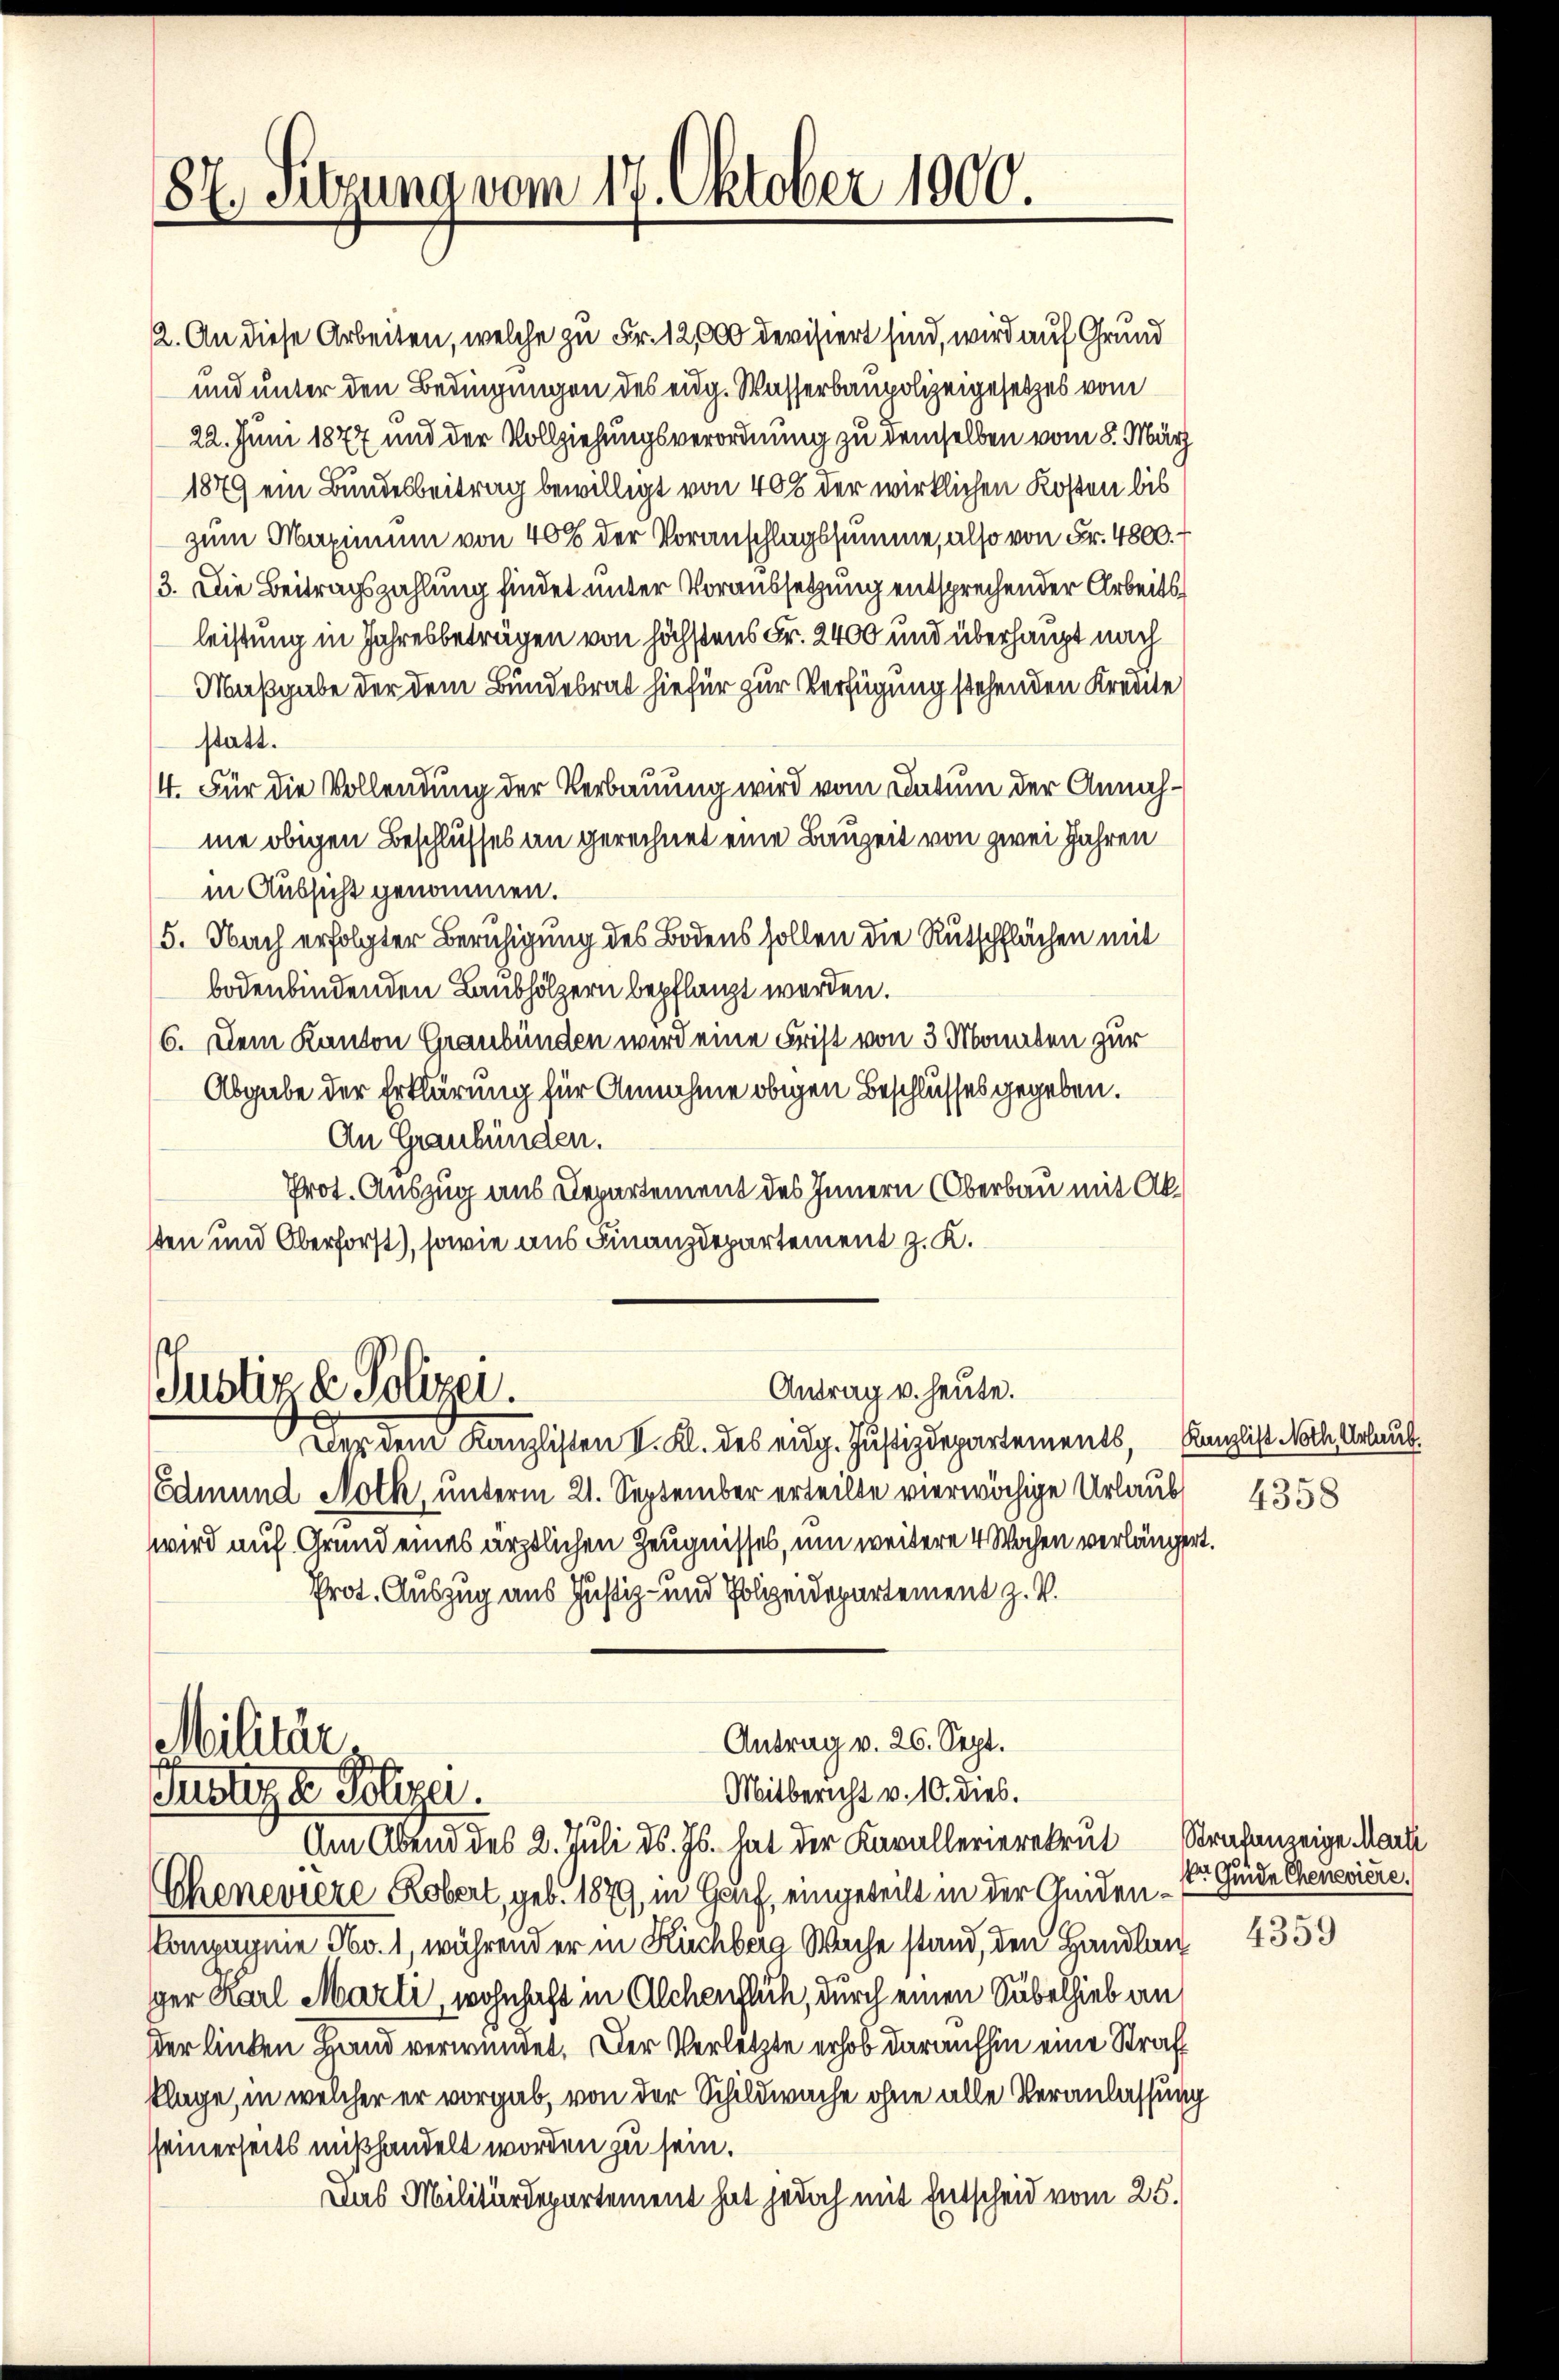
87. Sitzung vom 17. Oktober 1900.

Antrag u. heute.
Justiz & Polizei.

Militär.
Justiz & Polizei.

2. An diese Arbeiten, welche zu Fr. 12,000 devisiert sind, wird auf Grund
und unter den Bedingungen des eidg. Wasserbaupolizeigesetzes vom
22. Juni 1877 und der Vollziehungsverordnung zu demselben vom 8. März
1879 ein Bundesbeitrag bewilligt von 40% der wirklichen Kosten bis
zum Maximum von 40% der Voranschlagssumme, also von Fr. 4800.
3. Die Beitragszahlung findet unter Voraussetzung entsprechender Arbeitsleistung in Jahresbeträgen von höchstens Fr. 2400 und überhaupt nach
Maßgabe der dem Bundesrat hiefür zur Verfügung stehenden Kreute
statt.
4. Für die Vollendung der Verbauung wird vom Datum der Annahne obigen Beschlusses an gerechnet eine Bauzeit von zwei Jahren
in Aussicht genommen.
5. Nach erfolgter Beruhigung des Bodens sollen die Rutschflächen mit
bodenbindenden Laubhölzern bepflanzt werden.
(6. Dem Kanton Graubünden wird eine Frist von 3 Monaten zur
Abgabe der Erklärung für Annahme obigen Beschlusses gegeben.
An Graubünden.
Prot. Auszug aus Departement des Innern (Oberbau mit Aksten und Oberforst), sowie aus Finanzdepartement z. K.

Der dem Kanzlisten V. Kl. des eidg. Justizdepartements, Kanzlist Noth Urlaub.
Edmund Noth, unterm 21. September erteilte vierwöchige Urlaubt 4358
wird auf Grund eines ärztlichen Zeugnisses, um weitere 4 Wochen verlängert.
prot. Auszug aus Justiz- und Polizeidepartement z. V.
Am Abend des 2. Juli d. Js. hat der Kavallerierekrut Strafanzeige Mark
Cheneviere Robert, geb. 1879, in Gruf, eingeteilt in der Geiden¬
Compagnie No. 1, während er in Kirchberg Wache stand, den Handlung 4359
ger Karl Marti, wohnhaft in Alchentlich, durch einen Säbelhieb an
dder linden Hand verwundet. Der Verletzte erhob daraufhin eine Strafklage, in welcher er vorgab, von der Schildwache ohne alle Veranlassung
seinerseits mißhandelt worden zu sein.
Das Militärdepartement hat jedoch mit Entscheid vom 25.

Antrag v. 26. Sept.
Mitbericht v. 10. dies.

k Guide Chenevière.